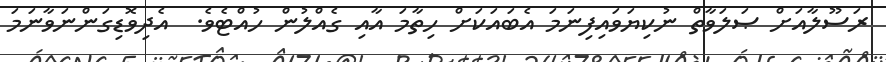
ރަސޫލާއަށް ޞަލަވާތް ނުކިޔަވައިފިނަމަ އެބައަކަށް ހިތާމަ އާއި ގެއްލުން ހުއްޓެވެ.  އެދިވޮޑިގަންނަވާނަމަ